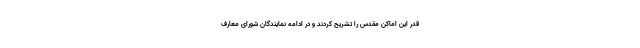
قدر این اماکن مقدس را تشریح کردند و در ادامه نمایندگان شورای معارف